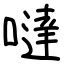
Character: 噠